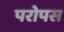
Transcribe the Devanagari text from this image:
परोपस